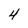
Character: 4